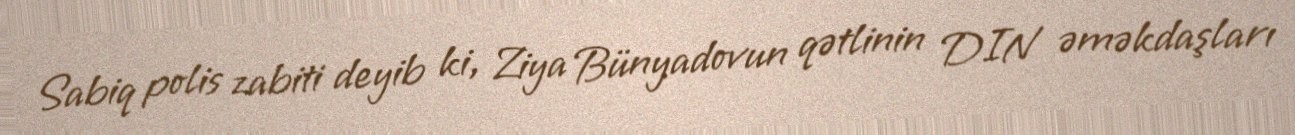
Sabiq polis zabiti deyib ki, Ziya Bünyadovun qətlinin DIN əməkdaşları